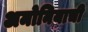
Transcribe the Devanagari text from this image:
अमोनियाची